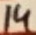
Text: 14